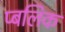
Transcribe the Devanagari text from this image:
प्बलिक